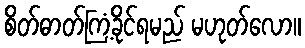
စိတ်ဓာတ်ကြံ့ခိုင်ရမည် မဟုတ်လော။